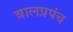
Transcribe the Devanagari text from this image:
बालप्रपंच